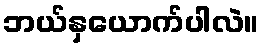
ဘယ်နှယောက်ပါလဲ။